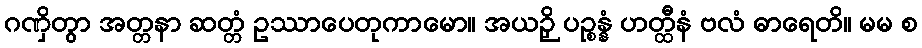
ဂဏှိတွာ အတ္တနာ ဆတ္တံ ဥဿာပေတုကာမော။ အယဉှိ ပဉ္စန္နံ ဟတ္ထီနံ ဗလံ ဓာရေတိ။ မမ စ